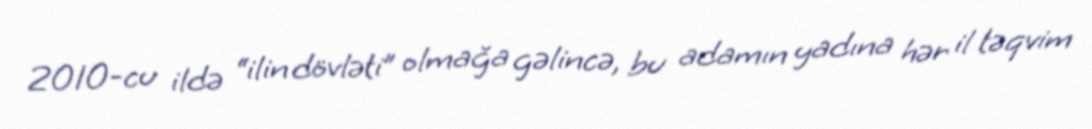
2010-cu ildə “ilin dövləti” olmağa gəlincə, bu adamın yadına hər il təqvim